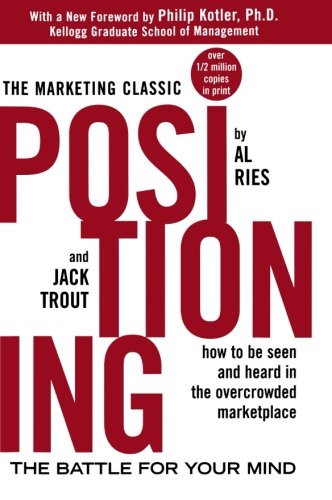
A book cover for Positioning: The Battle for Your Mind; Al Ries; Business & Money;